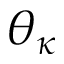
\theta _ { \kappa }